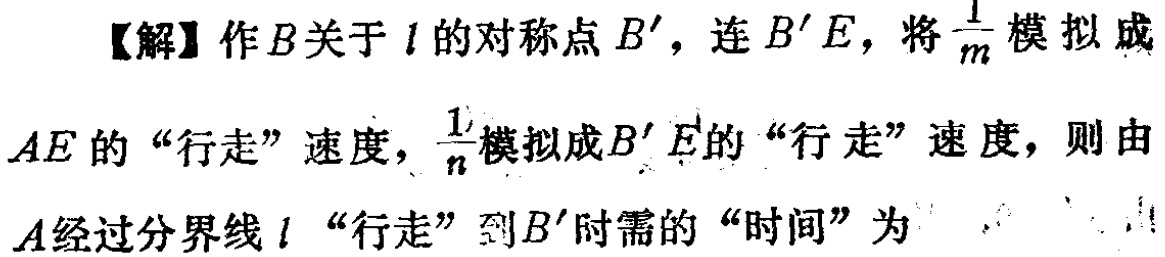
【解】作\(B\)关于\(l\)的对称点\(B'\)，连\(B'E\)，将\(\frac{1}{m}\)模拟成\(AE\)的“行走”速度，\(\frac{1}{n}\)模拟成\(B'E\)的“行走”速度，则由\(A\)经过分界线\(l\)“行走”到\(B'\)时需的“时间”为